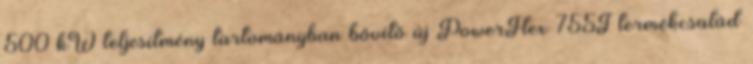
500 kW teljesítmény tartományban bővítő új PowerFlex 755T termékcsalád